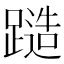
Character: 𨄹